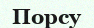
Порсу